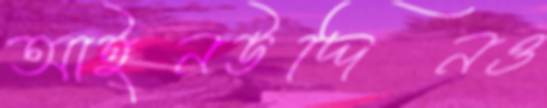
আইনউদ্দিনও